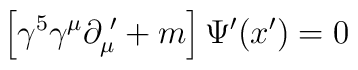
\left [\gamma^5 \gamma^\mu \partial_\mu^{\,\,\prime} + m\right ]\Psi^\prime (x^\prime) = 0